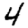
Digit: 4